65_HS1-834228961_62-HQ-83894_Section_7
Agency: FBI
Page 185
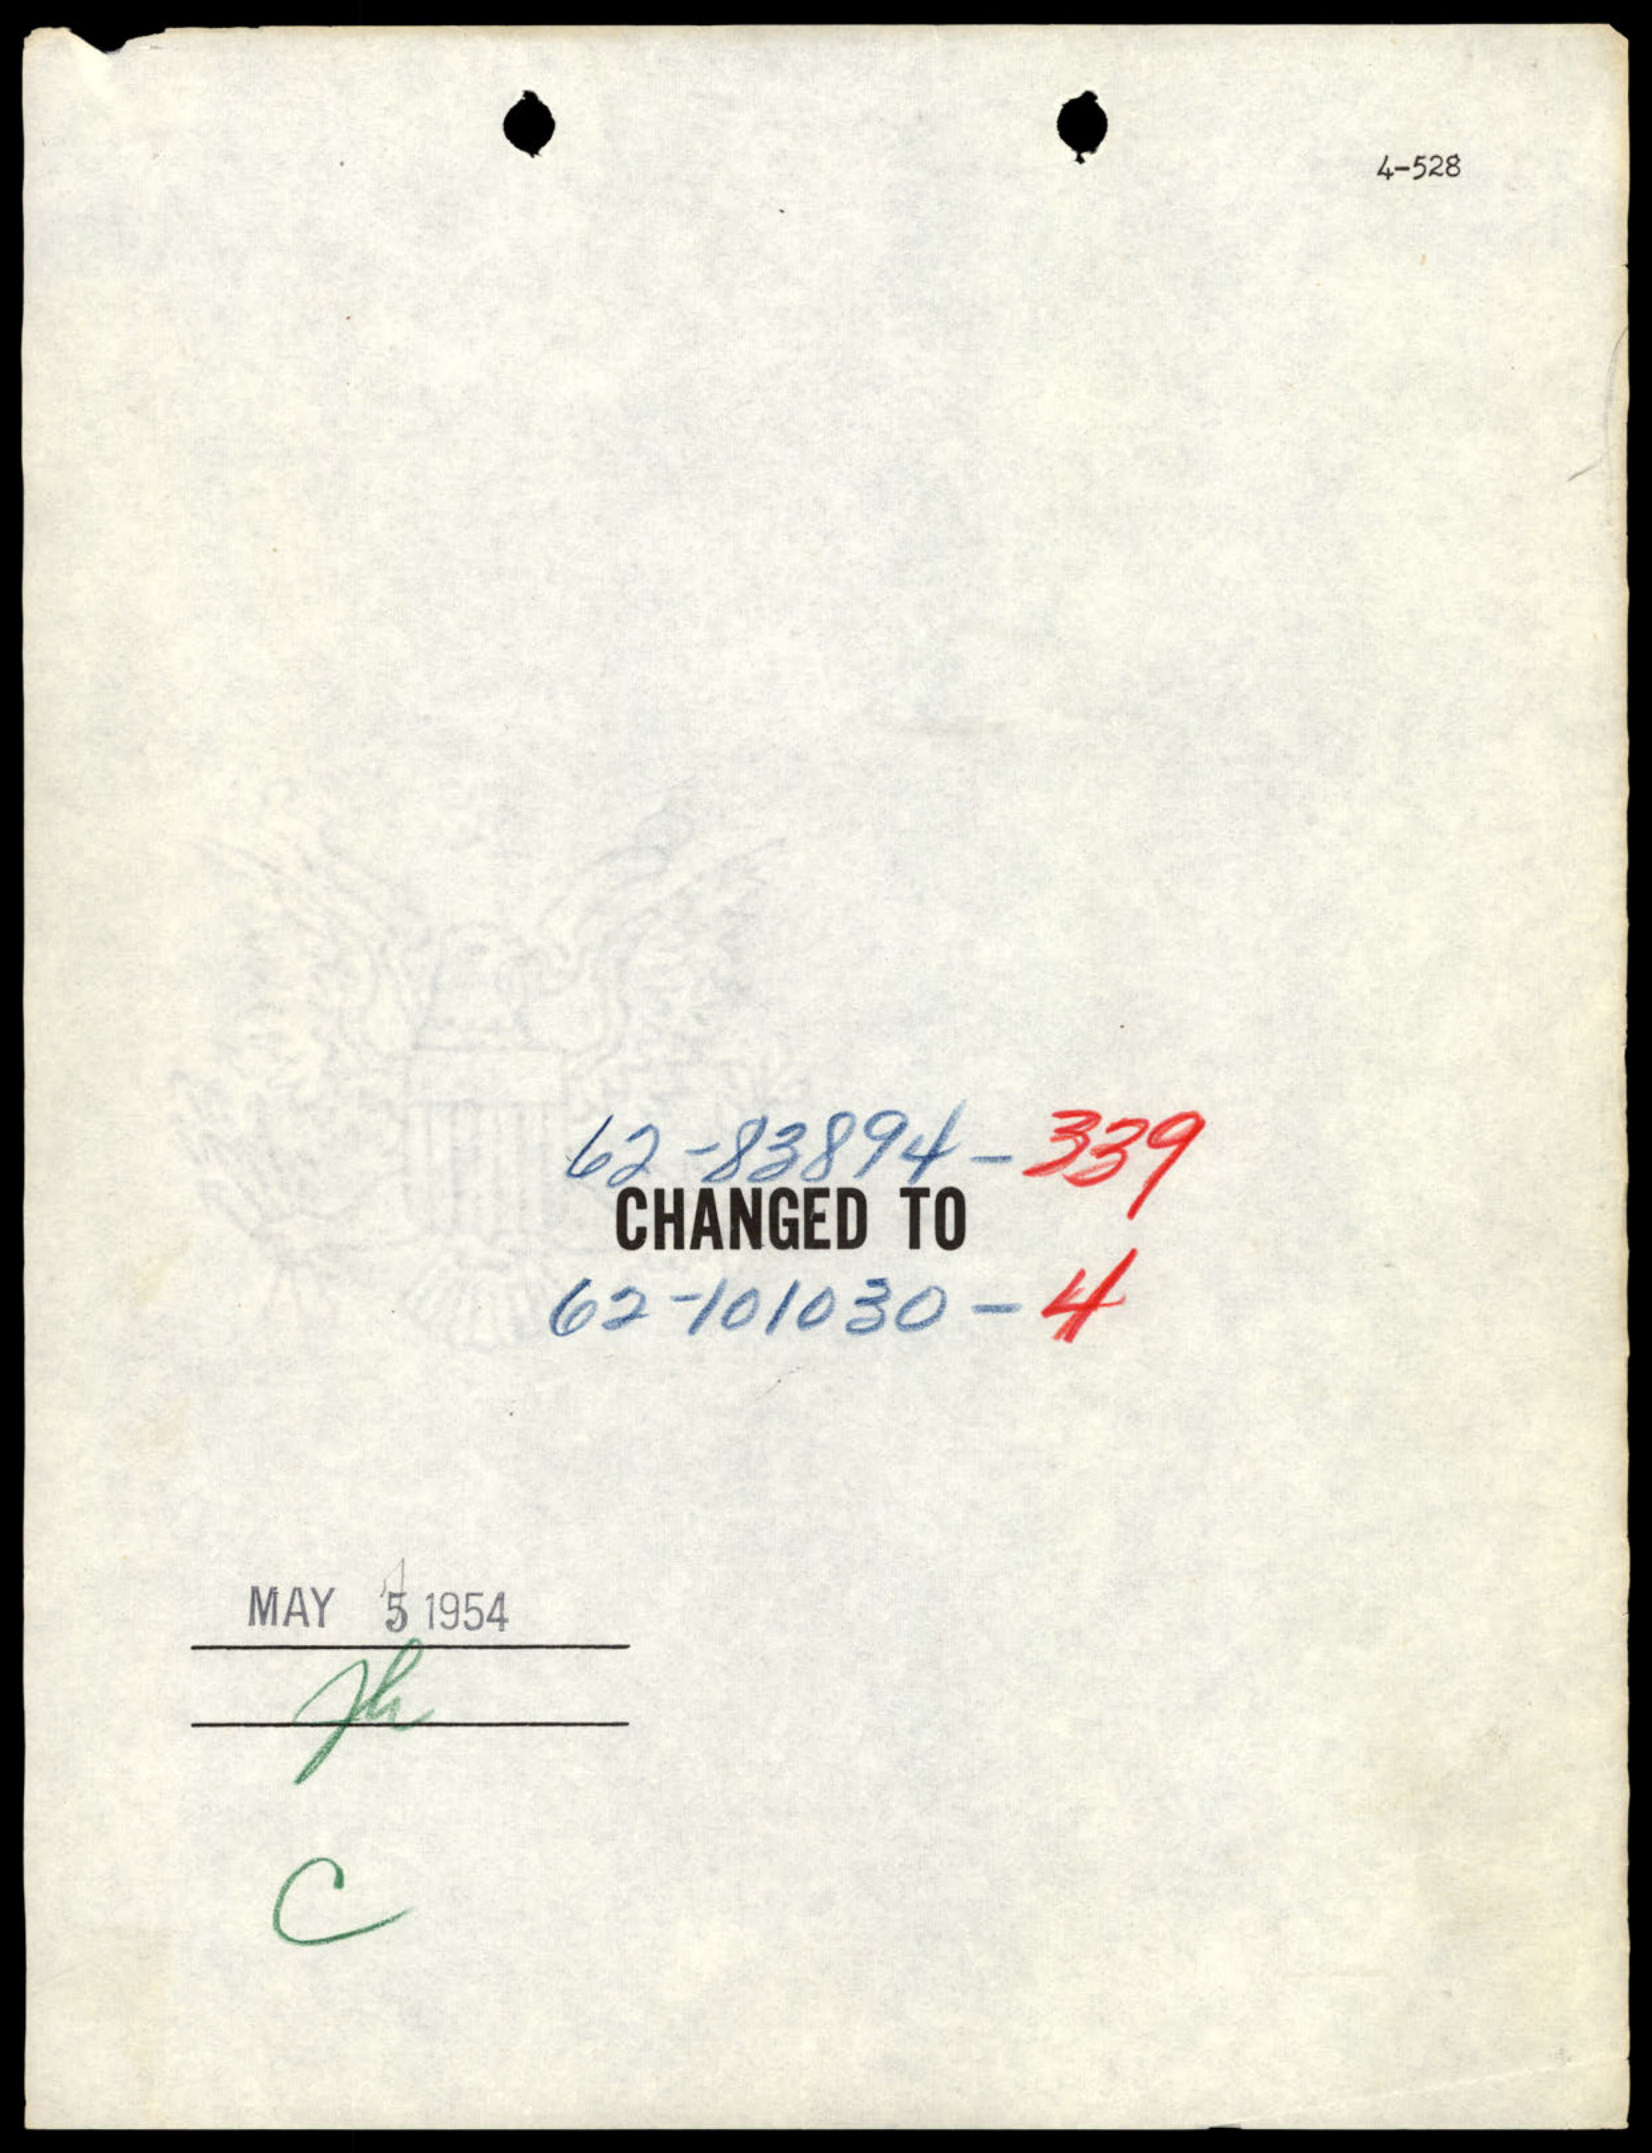